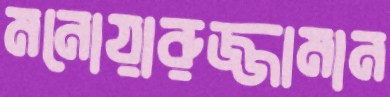
মনোয়ারুজ্জামান